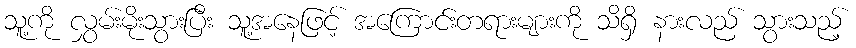
သူ့ကို လွှမ်းမိုးသွားပြီး သူ့အနေဖြင့် အကြောင်းတရားများကို သိရှိ နားလည် သွားသည့်